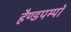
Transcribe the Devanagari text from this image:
हैण्डपम्पों